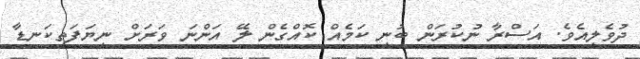
ދުވެލިއެވެ. އަސްރާ ނުކުރަން ބުނި ކަމެއް ކޮއްގެން ލޭ އަންނަ ވަރަށް ނިޔަފަތިކަނޑާ